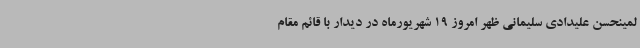
لمینحسن علیدادی سلیمانی ظهر امروز 19 شهریورماه در دیدار با قائم مقام